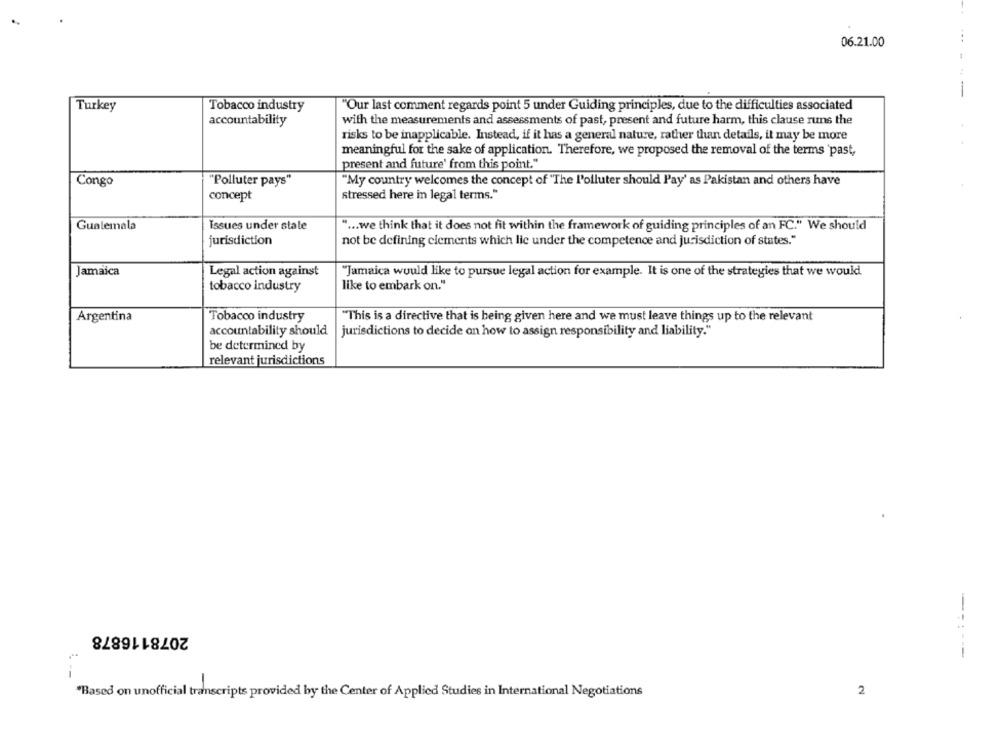
06.21.00
...
Turkey
Tobacco industry
"Our last comment regards point 5 under Guiding principles, due to the difficulties associated
accountability
with the measurements and assessments of past, present and future harm, this clause runs the
risks to be inapplicable. Instead, if it has a general nature, rather than details, it may be more
meaningful for the sake of application. Therefore, we proposed the removal of the terms past,
present and future' from this point."
Congo
"Polluter pays"
"My country welcomes the concept of "The l'olluter should Pay' as Pakistan and others have
concept
stressed here in legal terms."
Guatemala
Issues under stale
" ... we think that it does not fit within the framework of guiding principles of an FC." We should
jurisdiction
not be defining elements which lie under the competence and jurisdiction of states."
Jamaica
Legal action against
"Jamaica would like to pursue legal action for example. It is one of the strategies that we would
tobacco industry
like to embark on."
Argentina
Tobacco industry
"This is a directive that is being given here and we must leave things up to the relevant
accountability should
jurisdictions to decide on how to assign responsibility and liability."
be determined by
relevant jurisdictions
2078116878
-----
-
2
*Based on unofficial transcripts provided by the Center of Applied Studies in International Negotiations